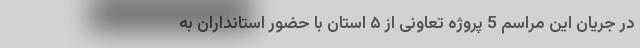
در جریان این مراسم 5 پروژه تعاونی از ۵ استان با حضور استانداران به